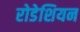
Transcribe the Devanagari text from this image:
रोडेशियन